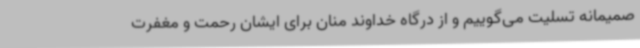
صمیمانه تسلیت می‌گوییم و از درگاه خداوند منان برای ایشان رحمت و مغفرت